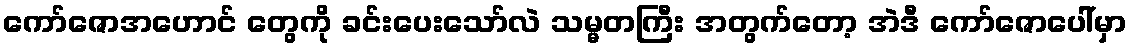
ကော်ဇောအဟောင် တွေကို ခင်းပေးသော်လဲ သမ္မတကြီး အတွက်တော့ အဲဒီ ကော်ဇောပေါ်မှာ